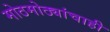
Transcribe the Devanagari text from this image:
मोठमोठ्यांचाही